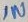
Text: IN